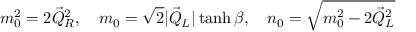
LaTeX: m _ { 0 } ^ { 2 } = 2 \vec { Q } _ { R } ^ { 2 } , \quad m _ { 0 } = \sqrt { 2 } | \vec { Q } _ { L } | \operatorname { t a n h } \beta , \quad n _ { 0 } = \sqrt { m _ { 0 } ^ { 2 } - 2 \vec { Q } _ { L } ^ { 2 } }